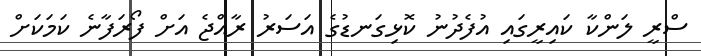
ސްރީ ލަންކާ ކައިރީގައި އުފެދުނު ކޮޅިގަނޑުގެ އަސަރު ރާއްޖެ އަށް ފޯރަފާނެ ކަމަކަށް